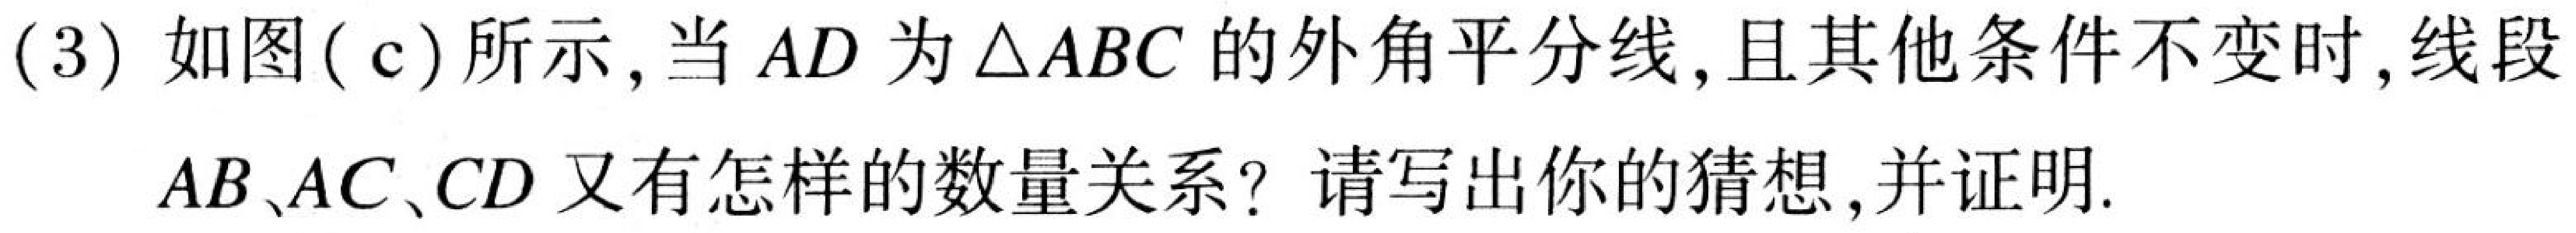
(3) 如图 (c) 所示, 当 \(AD\) 为 \(\triangle ABC\) 的外角平分线, 且其他条件不变时, 线段 \(AB、AC、CD\) 又有怎样的数量关系? 请写出你的猜想, 并证明.